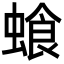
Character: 𮔣